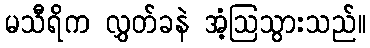
မသီရိက လွှတ်ခနဲ အံ့ဩသွားသည်။